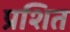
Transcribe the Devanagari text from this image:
प्रशित